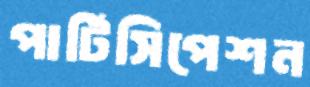
পার্টিসিপেশন